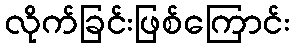
လိုက်ခြင်းဖြစ်ကြောင်း